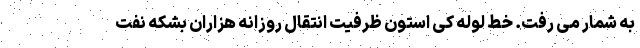
به شمار می رفت. خط لوله کی استون ظرفیت انتقال روزانه هزاران بشکه نفت